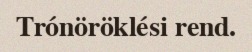
Trónöröklési rend.